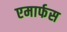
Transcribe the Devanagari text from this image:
एमार्फस